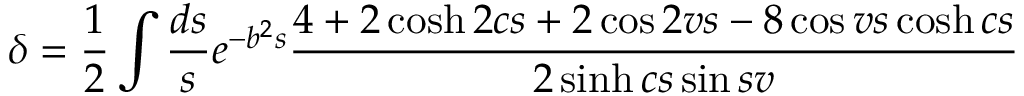
\delta = \frac { 1 } { 2 } \int \frac { d s } { s } e ^ { - b ^ { 2 } s } \frac { 4 + 2 \cosh 2 c s + 2 \cos 2 v s - 8 \cos v s \cosh c s } { 2 \sinh c s \sin s v }